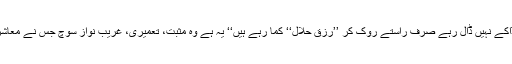
اللہ کا شکر ادا کریں کہ یہ غریب ڈاکے نہیں ڈال رہے صرف راستے روک کر ’’رزق حلال‘‘ کما رہے ہیں‘‘ یہ ہے وہ مثبت، تعمیری، غریب نواز سوچ جس نے معاشرہ کو سٹراند کے سوا کچھ نہیں دیا۔